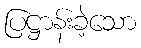
ပြဋ္ဌာန်းခဲ့သော